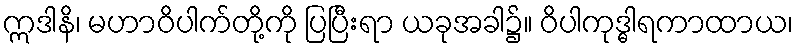
ဣဒါနိ၊ မဟာဝိပါက်တို့ကို ပြပြီးရာ ယခုအခါ၌။ ဝိပါကုဒ္ဓါရကာထာယ၊